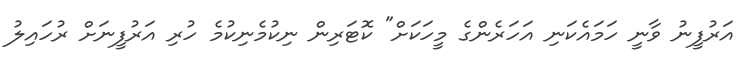
އަރުފީނު ވާނީ ހަމައެކަނި އަހަރެންގެ މީހަކަށް" ކޮޓަރިން ނިކުމެނިކުމެ ހުރި އަރުފީނަށް ރުހައިލު